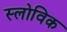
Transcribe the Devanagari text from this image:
स्लोविक